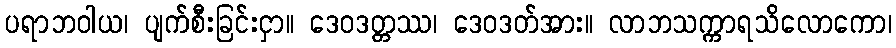
ပရာဘဝါယ၊ ပျက်စီးခြင်းငှာ။ ဒေဝဒတ္တဿ၊ ဒေဝဒတ်အား။ လာဘသက္ကာရသိလောကော၊